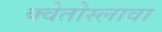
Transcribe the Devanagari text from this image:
क्वेतोस्लावा